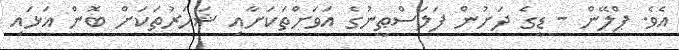
އެވެ. ޕްލޭން - ޑީގެ ދަށުން ފަލަސްޠީނުގެ އަވަށްތަކަށާއި ޝަހަރުތަކަށް ބޮން އަޅައި